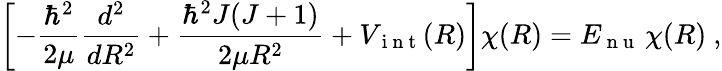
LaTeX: \left[-\frac{\hbar^{2}}{2\mu}\frac{d^{2}}{dR^{2}}+\frac{\hbar^{2}J(J+1)}{2\mu R^{2}}+V_{\mathrm{~i~n~t~}}(R)\right]\chi(R)=E_{\mathrm{~n~u~}}\, \chi(R)\ ,